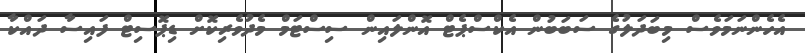
އެހެންނަމަވެސް މިބަދަލުގެ ސަބަބުން އެކްސްޕެޓް އޮންލައިން ސިސްޓަމް މެދުވެރިކޮށް ޑިޕޮސިޓް ފައިސާ ދައްކާ